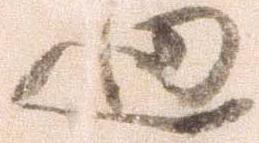
廻